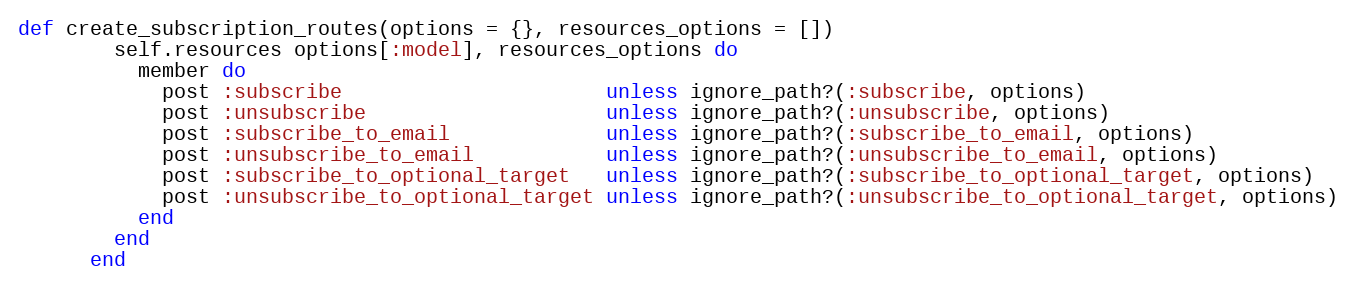
Language: Ruby
def create_subscription_routes(options = {}, resources_options = [])
        self.resources options[:model], resources_options do
          member do
            post :subscribe                      unless ignore_path?(:subscribe, options)
            post :unsubscribe                    unless ignore_path?(:unsubscribe, options)
            post :subscribe_to_email             unless ignore_path?(:subscribe_to_email, options)
            post :unsubscribe_to_email           unless ignore_path?(:unsubscribe_to_email, options)
            post :subscribe_to_optional_target   unless ignore_path?(:subscribe_to_optional_target, options)
            post :unsubscribe_to_optional_target unless ignore_path?(:unsubscribe_to_optional_target, options)
          end
        end
      end